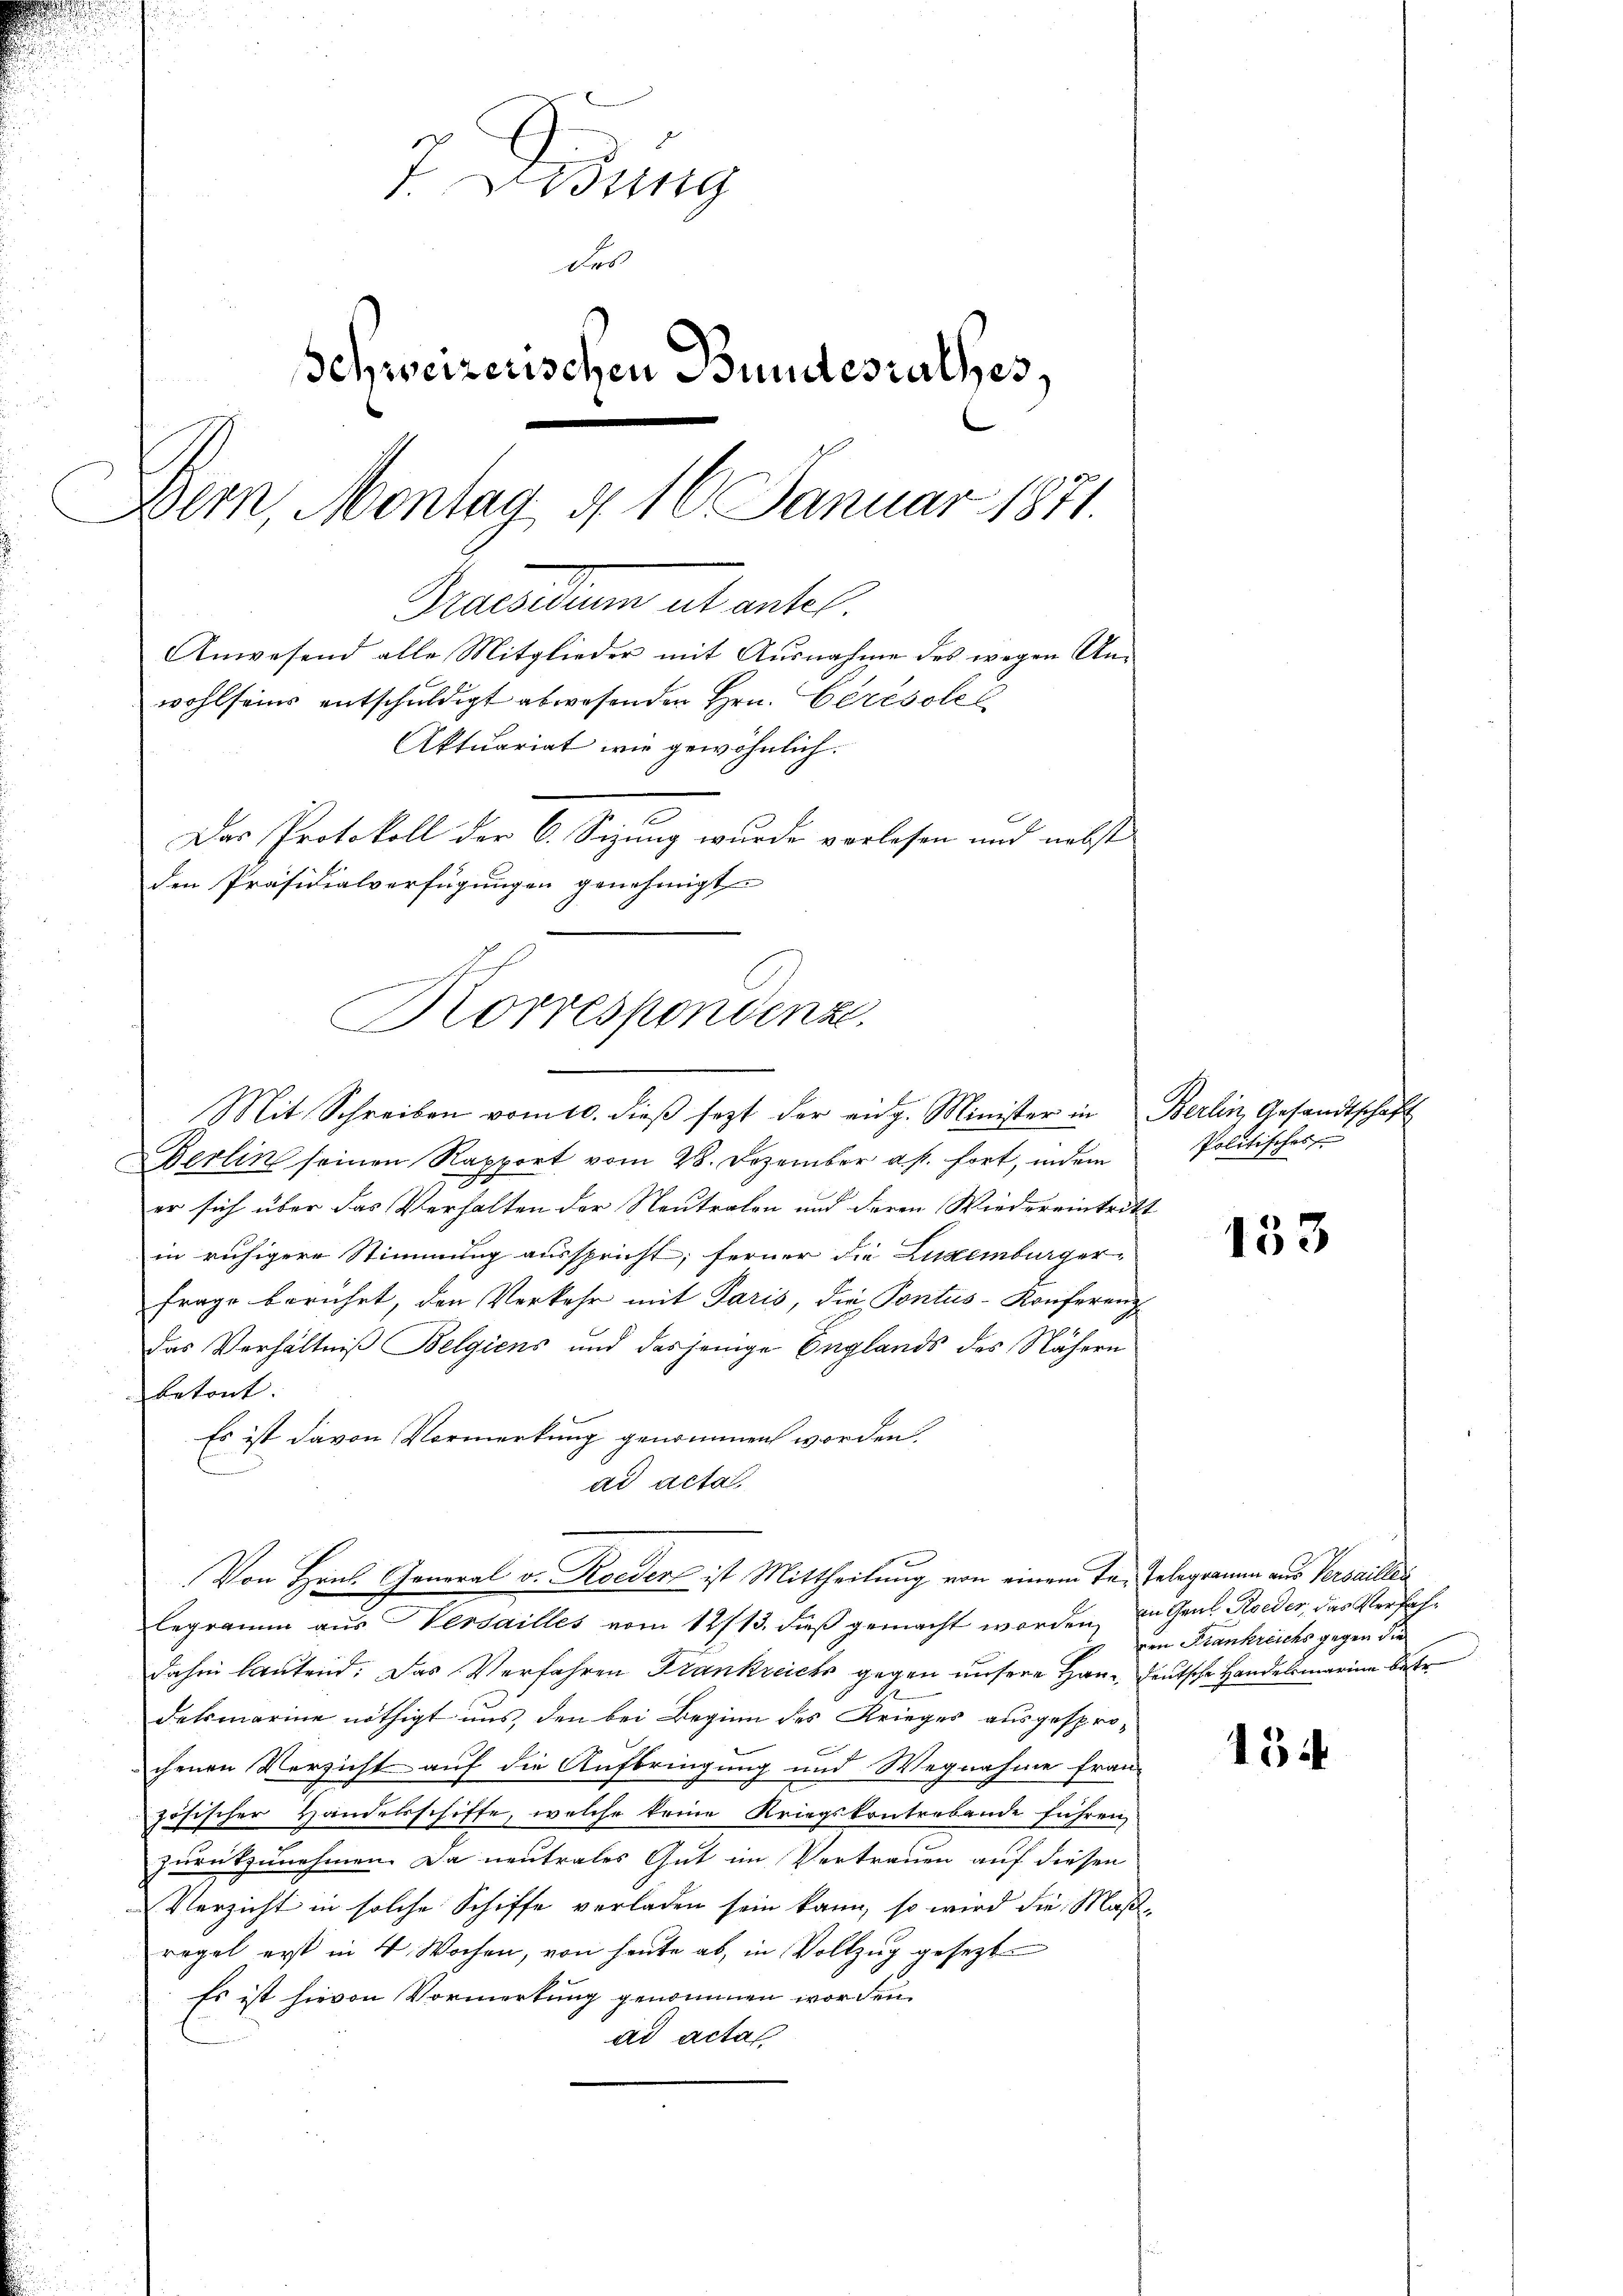
7. Lesung
des
Schweizerischen Bundesrathes,
Bern, Montag, d. 16. Januar 1871.
Macentum alt erstel
Anwesend alle Mitglieder mit Ausnahme des wegen Anwohl seine entschuldigt abwesenden Hrn. Ceresole
Aktuariat wie gewöhnlich.
Das Protokoll der 6. Seizung wurde vorlesen und nebst

den Präsidialverfügungen genehmigt
Korrespondenze

Von Hrn. General v. Roeder ist Mittheilung von einem Ta-Telegramm aus Versaillen

Mit Schreiben vom 10. dieβ sezt der eidg. Minister in Berlin, Gesandtschaft
erlin seinen Rapport vom 28. Dezember a. p. fort, indem
er sich über das Verhalten der Neutralen und deren Wiedereintritt
in ruhigere Stimmung ausspricht; ferner die Luzerbürger-
Frage berührt, den Verkehr mit Paris, die Pontus-Konferenz
Das Verhältniß Belgiens und dasjenige Englands des Nähern
Betont. |
Es ist davon Vormerkung genommen worden.
ad acta
Legramm aus Versailles vom 12/13. dieß gemacht worden, in Gaul Rieder, das Verfahdahin lautend. Das Verfahren Frankreich gegen unsere Haus deutsche Handelsmarine betr
detmarine nöthigt uns, den bei Beginn des Krieges ausgesprochenen Versicht auf die Aufbringung und Wegnahme fran-
zösischer Handelsschiffe, welche keine Kriegskontrebende führen
zurückzunehmen. Da neutrales Gut im Vertrauen auf diesen
Verzicht in solche Schiffe verladen sein kann, so wird die Maße
regel erst in 4 Wochen, von heute ab, in Vollzug gesezt
Es ist hievon Vormerkung genommen worden.
ad acta

Politisches

153

ven Frankreichs gegen die

134